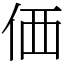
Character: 価